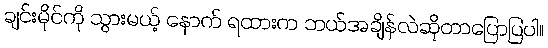
ချင်းမိုင်ကို သွားမယ့် နောက် ရထားက ဘယ်အချိန်လဲဆိုတာပြောပြပါ။